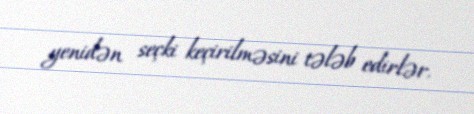
yenidən seçki keçirilməsini tələb edirlər.